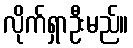
လိုက်ရှာဦးမည်။